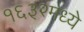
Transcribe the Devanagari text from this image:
१६३२मध्ये